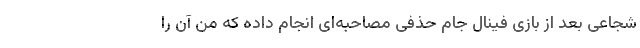
شجاعی بعد از بازی فینال جام حذفی مصاحبه‌ای انجام داده که من آن را